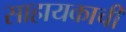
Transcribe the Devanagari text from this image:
साहायकाची